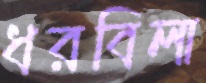
ধরবিলা